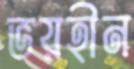
ভয়হীন